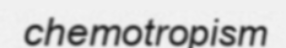
chemotropism